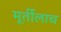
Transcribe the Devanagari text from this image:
मूर्तीलाच